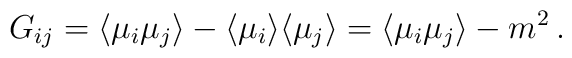
G_{ij}=\langle \mu _{i}\mu _{j}\rangle -\langle \mu_{i}\rangle \langle \mu _{j}\rangle =\langle \mu _{i}\mu_{j}\rangle -m^{2}\, .